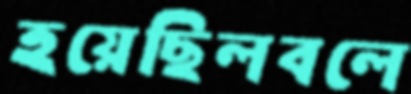
হয়েছিলবলে